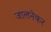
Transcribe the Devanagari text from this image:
जालनेकर